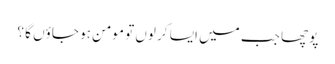
پوچھا جب میں ایسا کر لوں تو مومن ہو جاؤں گا ؟